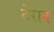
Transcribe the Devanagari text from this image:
टेरान